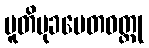
ပူတိမုခပေတဝတ္ထု